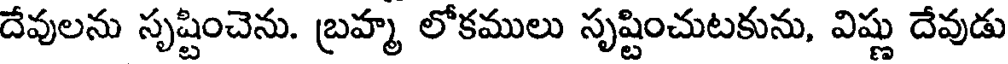
దేవులను సృష్టించెను. బ్రహ్మ లోకములు సృష్టించుటకును, విష్ణు దేవుడు